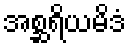
အစ္ဆရိယမိဒံ